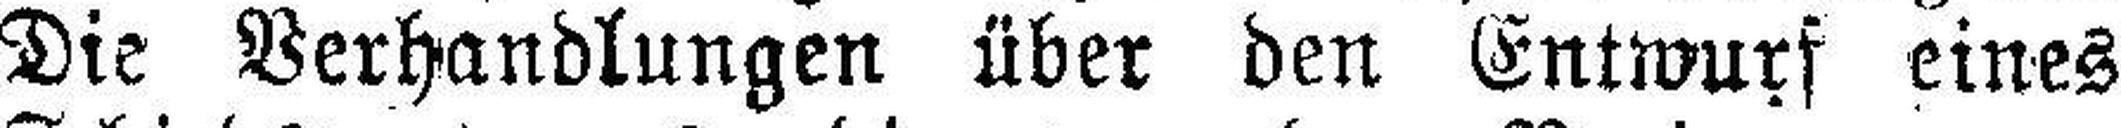
Die Verhandlungen über den Entwurf eines